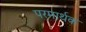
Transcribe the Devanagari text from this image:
परमार्थक